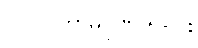
(၁၀) ကာမဂုဏ် ၅-ပါး